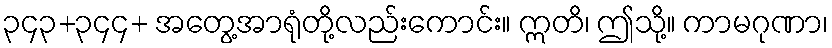
၃၄၃+၃၄၄+ အတွေ့အာရုံတို့လည်းကောင်း။ ဣတိ၊ ဤသို့။ ကာမဂုဏာ၊